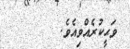
ވަޙީކުރެއްވިއެވެ.